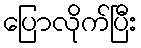
ပြောလိုက်ပြီး